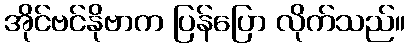
အိုင်ဗင်နိုဗာက ပြန်ပြော လိုက်သည်။